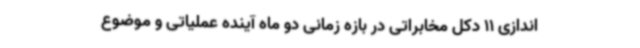
اندازی 11 دکل مخابراتی در بازه زمانی دو ماه آینده عملیاتی و موضوع